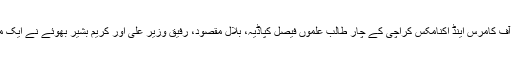
1988 میں گورنمنٹ کالج آف کامرس اینڈ اکنامکس کراچی کے چار طالب علموں فیصل کپاڈیہ، بلال مقصود، رفیق وزیر علی اور کریم بشیر بھوئے نے ایک میوزک بینڈ کی بنیاد رکھی۔